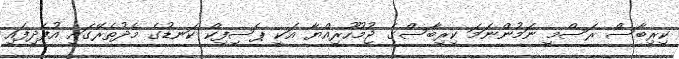
ކިރިބާސް ރަސްމީ ނަމުންނަމަ ކިރިބާސްގެ ޖުމުހޫރިއްޔާ އަކީ ޕެސިފިކް ކަނޑުގެ މެދުތެރޭގައި އުފެދިފައި